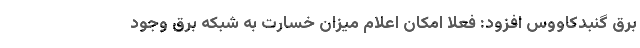
برق گنبدکاووس افزود: فعلا امکان اعلام میزان خسارت به شبکه برق وجود